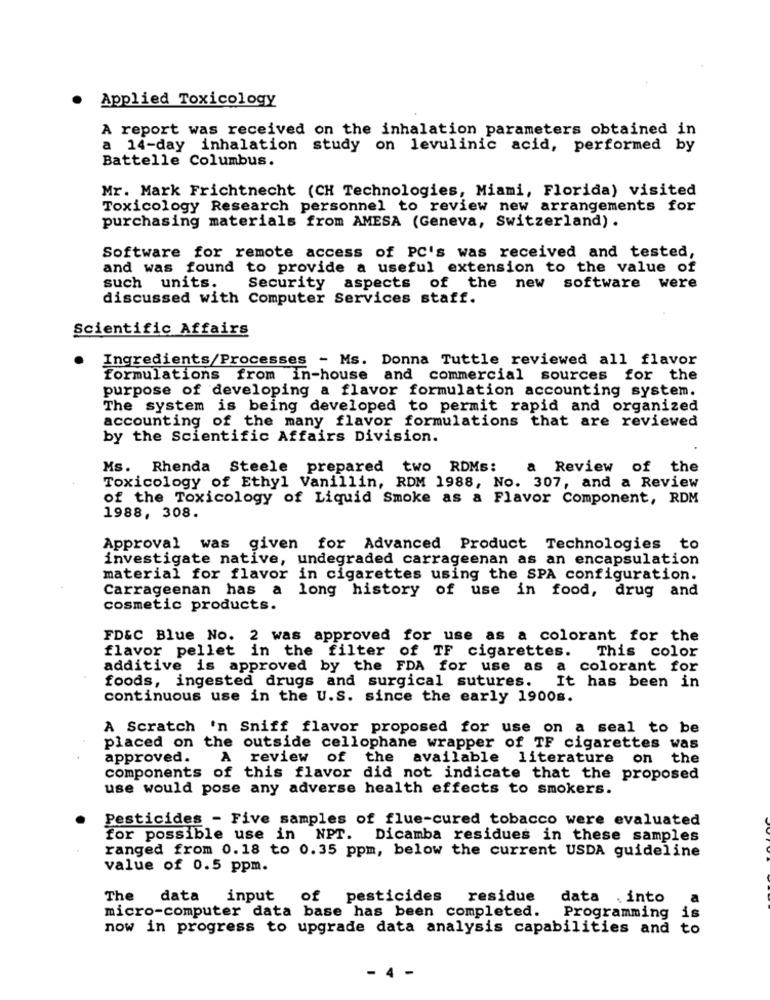
Applied Toxicology
A report was received on the inhalation parameters obtained in
a 14-day inhalation study on levulinic acid, performed by
Battelle Columbus.
Mr. Mark Frichtnecht (CH Technologies, Miami, Florida) visited
Toxicology Research personnel to review new arrangements for
purchasing materials from AMESA (Geneva, Switzerland) .
Software for remote access of PC's was received and tested,
and was found to provide a useful extension to the value of
such units.
Security aspects of the new software were
discussed with Computer Services staff.
Scientific Affairs
Ingredients/Processes - Ms. Donna Tuttle reviewed all flavor
formulations from in-house and commercial sources for the
purpose of developing a flavor formulation accounting system.
The system is being developed to permit rapid and organized
accounting of the many flavor formulations that are reviewed
by the Scientific Affairs Division.
Ms. Rhenda Steele prepared two RDMs:
a Review of the
Toxicology of Ethyl Vanillin, RDM 1988, No. 307, and a Review
of the Toxicology of Liquid Smoke as a Flavor Component, RDM
1988, 308.
Approval was given for Advanced Product Technologies to
investigate native, undegraded carrageenan as an encapsulation
material for flavor in cigarettes using the SPA configuration.
Carrageenan has a long history of use in food, drug and
cosmetic products.
FD&C Blue No. 2 was approved for use as a colorant for the
flavor pellet in the filter of TF cigarettes.
This color
additive is approved by the FDA for use as a colorant for
foods, ingested drugs and surgical sutures.
It has been in
continuous use in the U.S. since the early 1900s.
A Scratch 'n Sniff flavor proposed for use on a seal to be
placed on the outside cellophane wrapper of TF cigarettes was
approved.
A review of the available literature on the
components of this flavor did not indicate that the proposed
use would pose any adverse health effects to smokers.
Pesticides - Five samples of flue-cured tobacco were evaluated
for possible use in NPT.
Dicamba residues in these samples
ranged from 0.18 to 0.35 ppm, below the current USDA guideline
value of 0.5 ppm.
The
data
input
of pesticides
residue
data . into
a
micro-computer data base has been completed.
Programming is
now in progress to upgrade data analysis capabilities and to
- 4 -